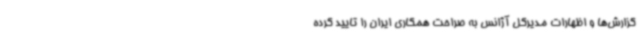
گزارش‌ها و اظهارات مدیرکل آژانس به صراحت همکاری ایران را تایید کرده